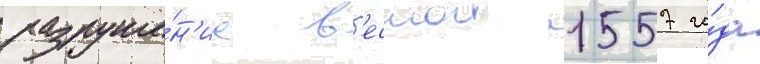
разруше́н'иа в'еснои 1557 го́да